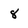
Character: 8